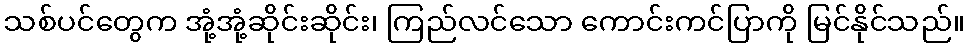
သစ်ပင်တွေက အုံ့အုံ့ဆိုင်းဆိုင်း၊ ကြည်လင်သော ကောင်းကင်ပြာကို မြင်နိုင်သည်။